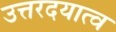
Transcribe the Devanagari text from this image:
उत्तरदयात्व